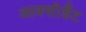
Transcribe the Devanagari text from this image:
आक्सीडैंट